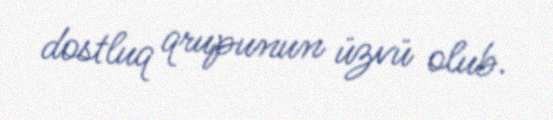
dostluq qrupunun üzvü olub.